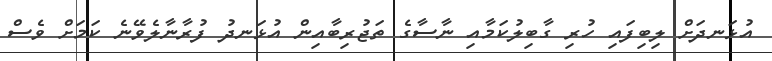
އުޅަނދަށް ލިބިފައި ހުރި ގާބިލުކަމާއި ނާސާގެ ތަޖުރިބާއިން އުޅަނދު ފުރާނާލެވޭނެ ކަމަށް ވެސް